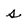
Character: s